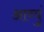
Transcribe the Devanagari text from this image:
आव्युं